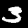
Digit: 3